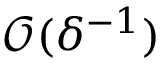
\mathcal { O } ( \delta ^ { - 1 } )